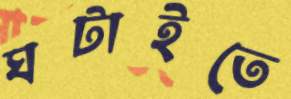
ঘটাইতে